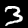
Digit: 3